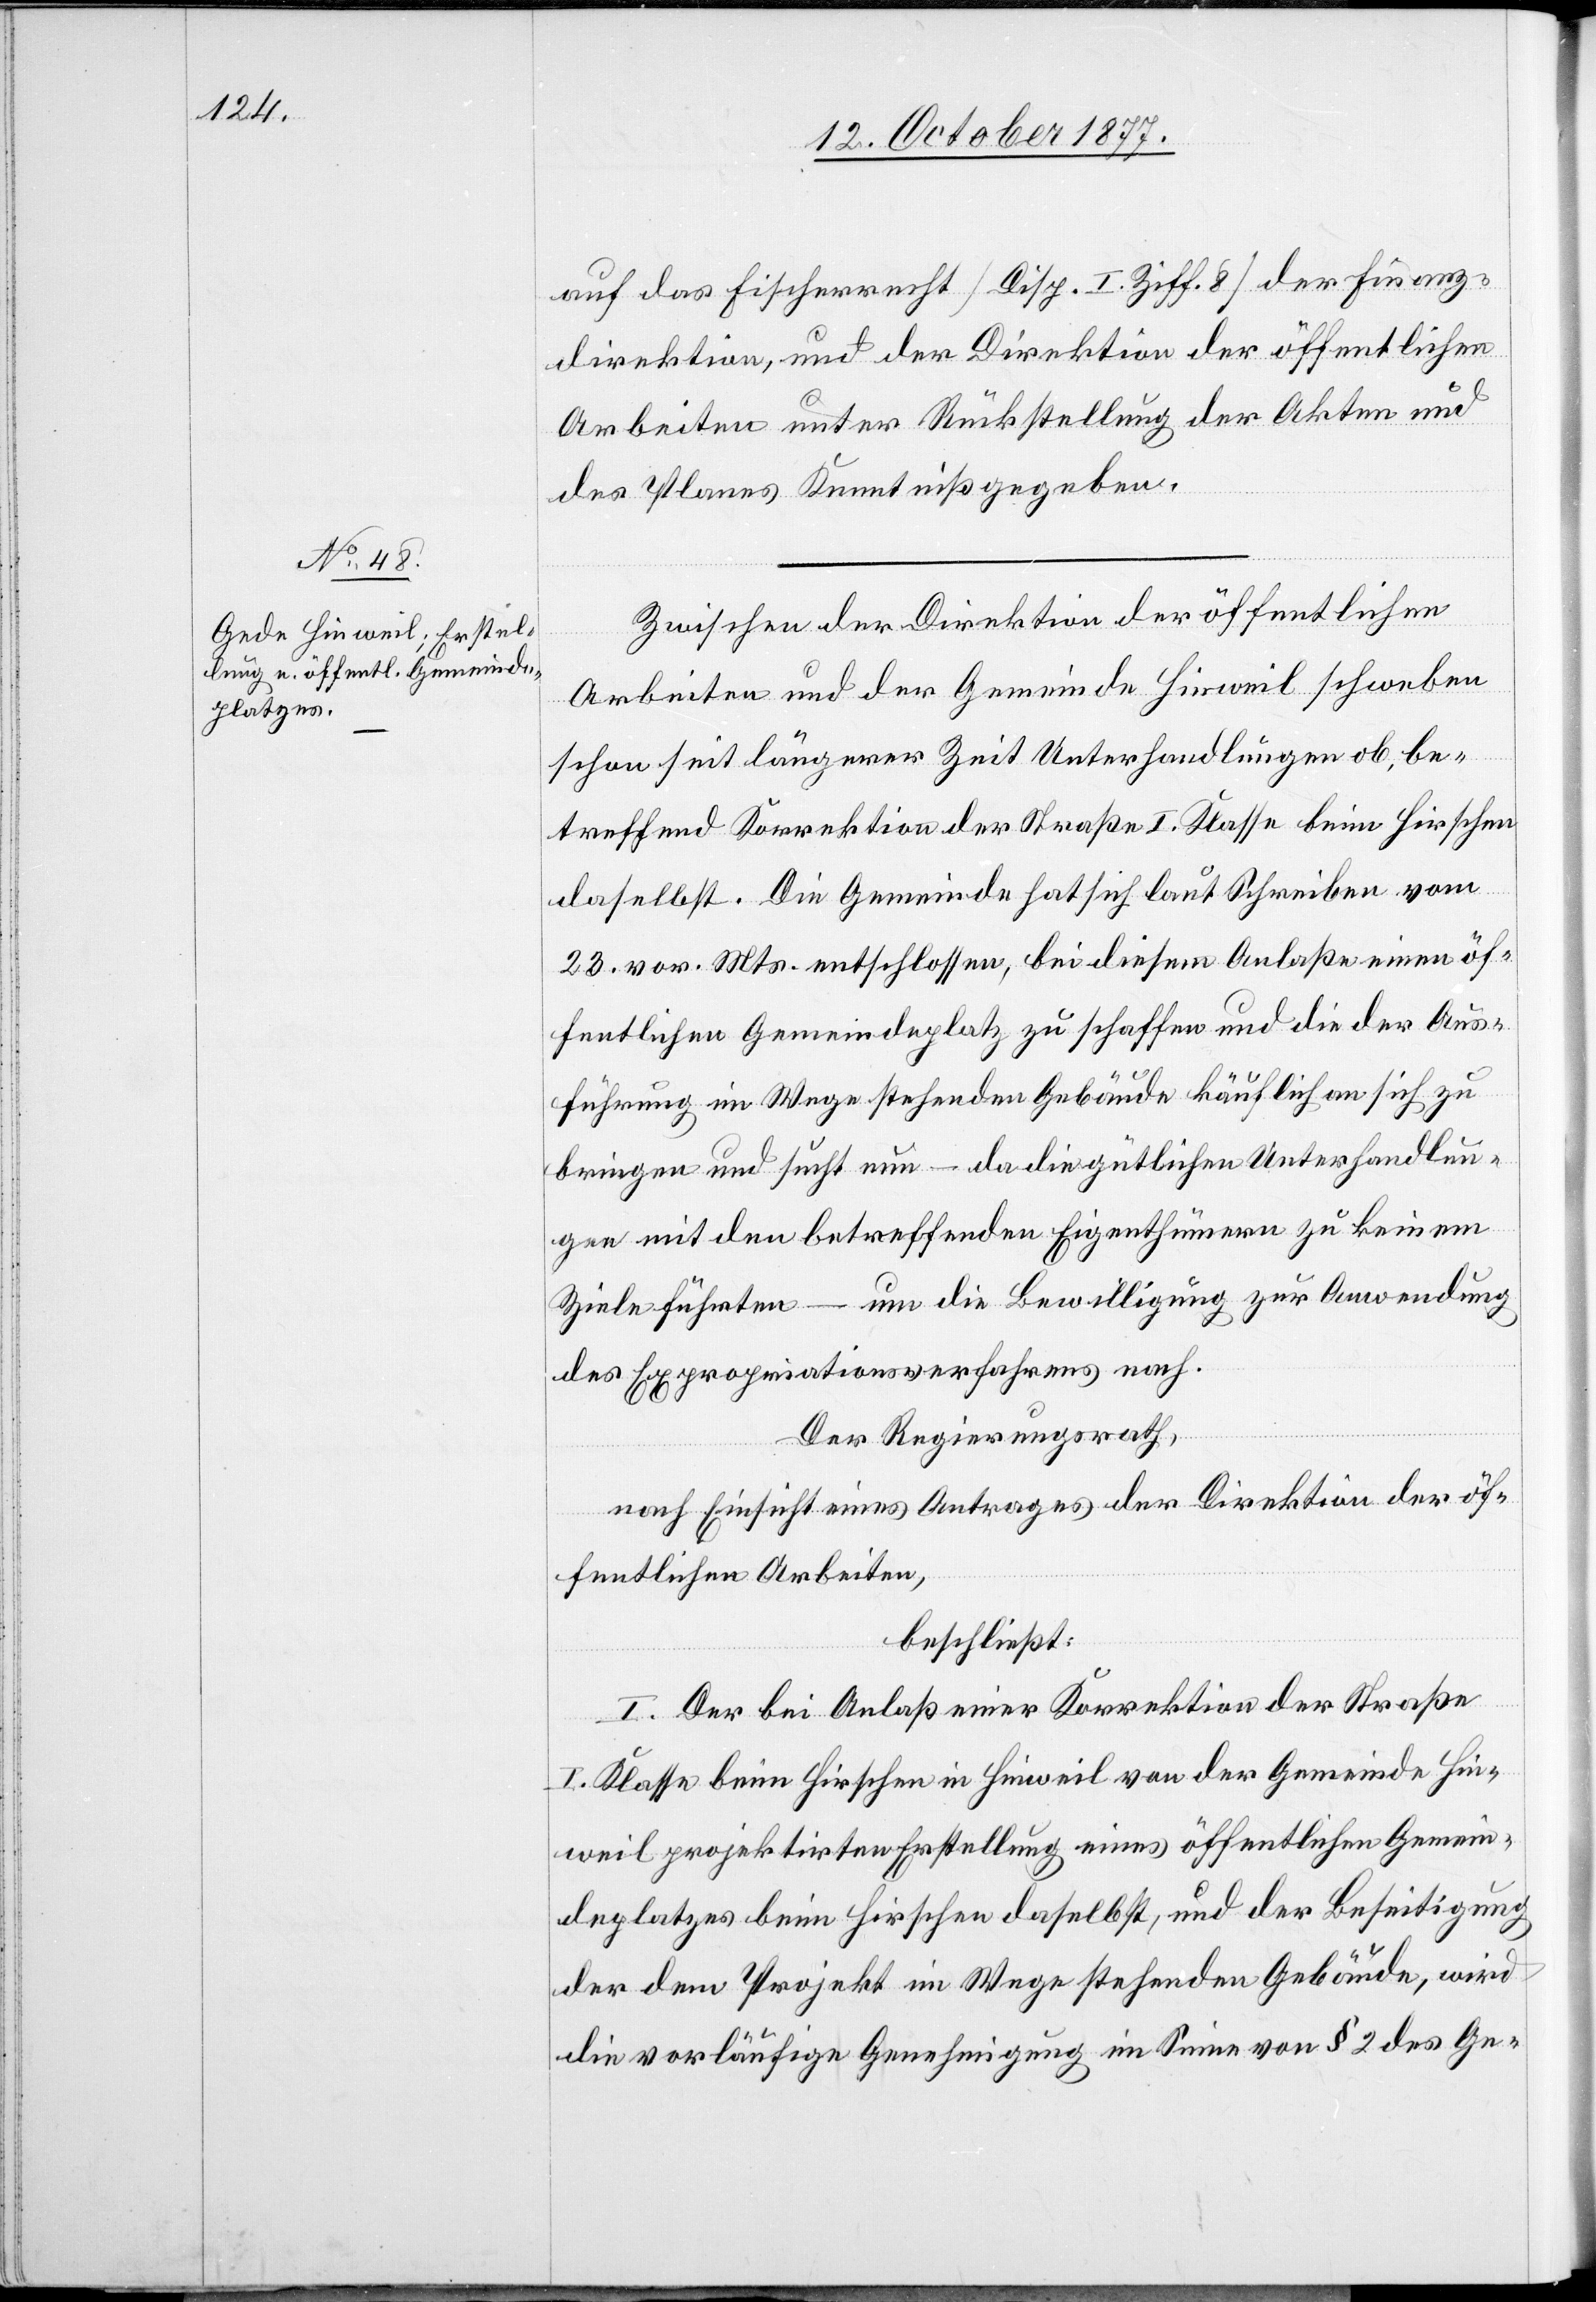
auf das Fischerrecht [Disp. I. Ziff. 8] der Finanz¬
direktion, und der Direktion der öffentlichen
Arbeiten unter Rückstellung der Akten und
des Planes Kenntniß gegeben.
Zwischen der Direktion der öffentlichen
Arbeiten und der Gemeinde Hinweil schweben
schon seit längerer Zeit Unterhandlungen ob, be¬
treffend Korrektion der Straße I. Klasse beim Hirschen
daselbst. Die Gemeinde hat sich laut Schreiben vom
23. vor. Mts. entschlossen, bei diesem Anlaße einen öf¬
fentlichen Gemeindeplatz zu schaffen und die der Aus¬
führung im Wege stehenden Gebäude käuflich an sich zu
bringen und sucht nun – da die gütlichen Unterhandlun¬
gen mit den betreffenden Eigenthümern zu keinem
Ziele führten – um die Bewilligung zur Anwendung
des Expropriationsverfahrens nach.
Der Regierungsrath,
nach Einsicht eines Antrages der Direktion der öf¬
fentlichen Arbeiten,
beschließt:
I. Der bei Anlaß einer Korrektion der Straße
I. Klasse beim Hirschen in Hinweil von der Gemeinde Hin¬
weil projektirten Erstellung eines öffentlichen Gemein¬
deplatzes beim Hirschen daselbst, und der Beseitigung
der dem Projekt im Wege stehenden Gebäude, wird
die vorläufige Genehmigung im Sinne von § 2 des Ge-